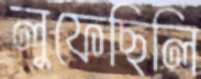
লুফেছিলি